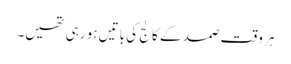
ہر وقت صمد کے کالج کی باتیں ہو رہی تھیں۔